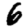
Digit: 6